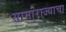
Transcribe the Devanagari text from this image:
सामा्राज्याचा